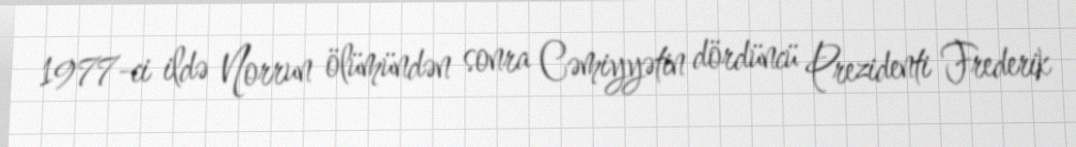
1977-ci ildə Norrun ölümündən sonra Cəmiyyətin dördüncü Prezidenti Frederik